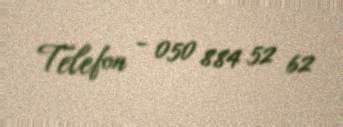
Telefon - 050 884 52 62